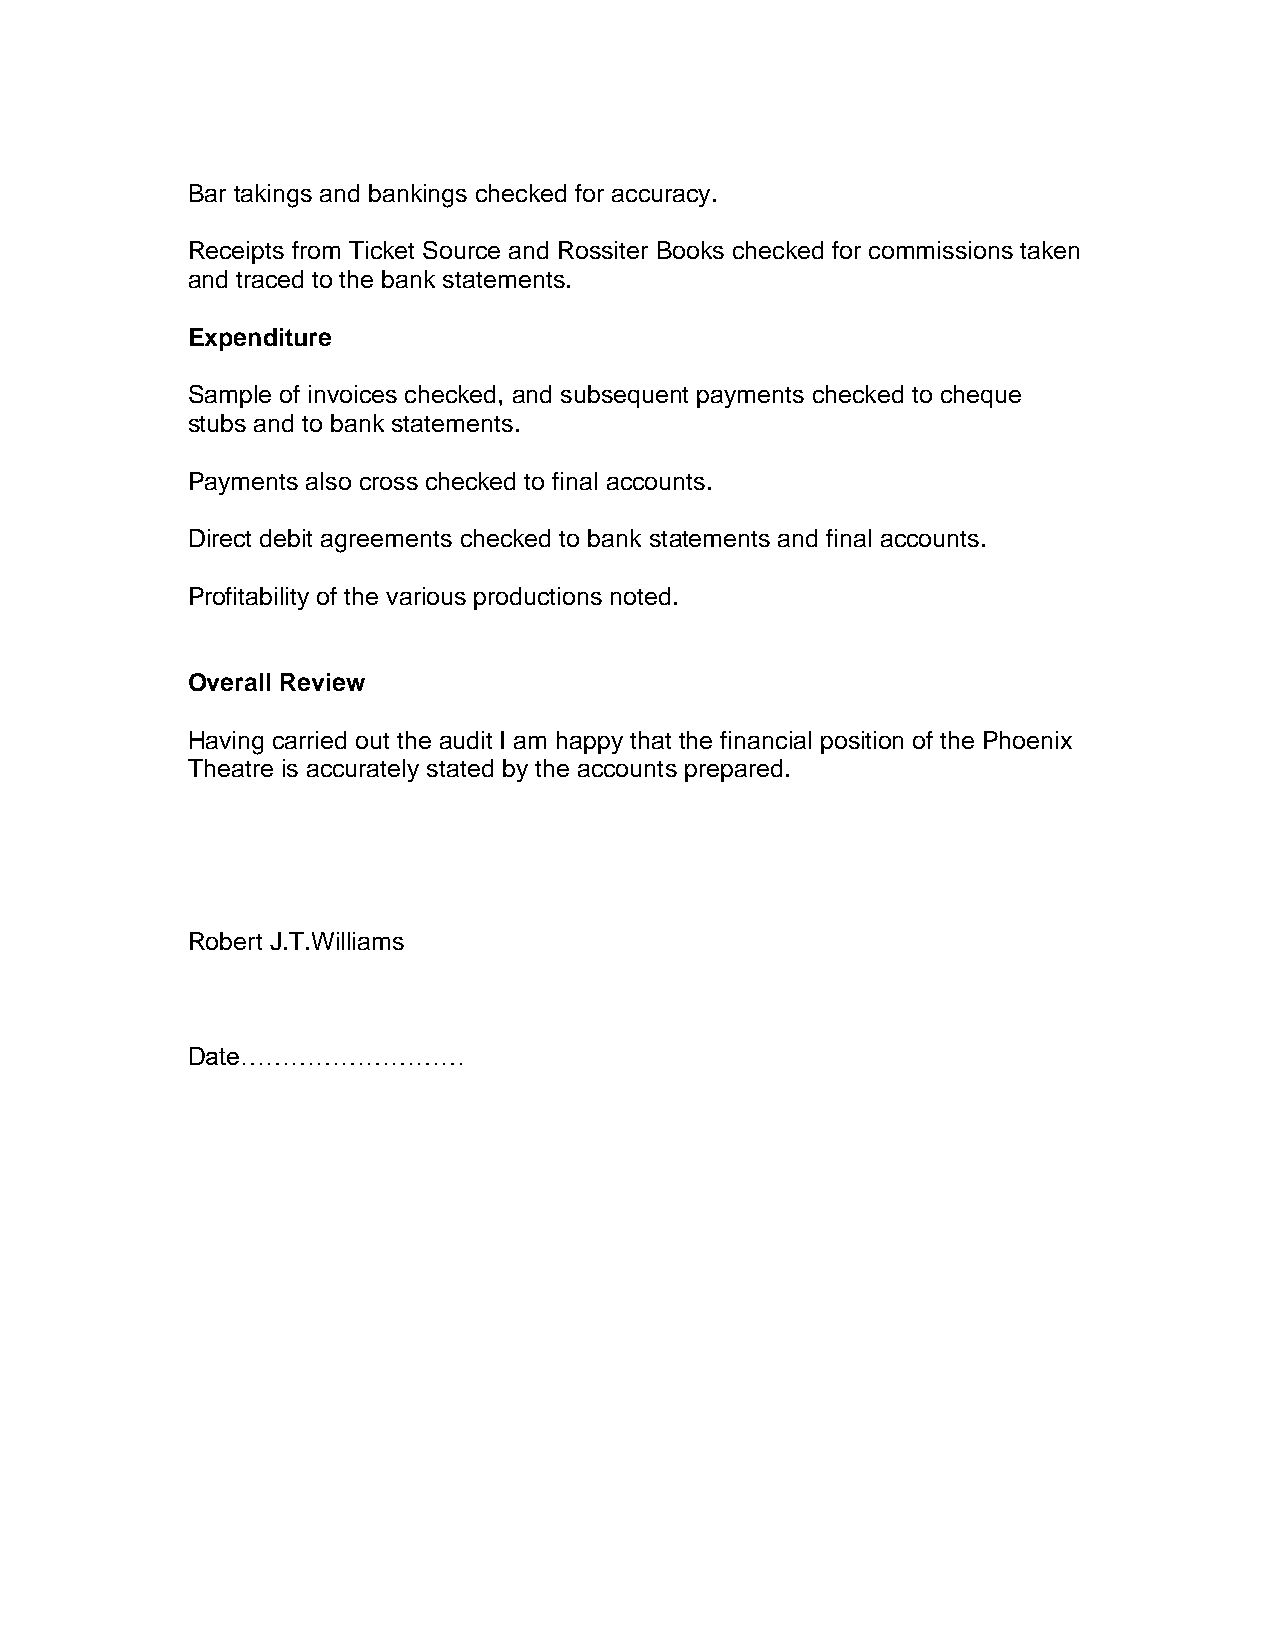
Bar takings and bankings checked for accuracy.
 Receipts from Ticket Source and Rossiter Books checked for commissions taken
 and traced to the bank statements.
 Expenditure
 Sample of invoices checked, and subsequent payments checked to cheque
 stubs and to bank statements.
 Payments also cross checked to final accounts.
 Direct debit agreements checked to bank statements and final accounts.
 Profitability of the various productions noted.
 Overall Review
 Having carried out the audit I am happy that the financial position of the Phoenix
 Theatre is accurately stated by the accounts prepared.
 Robert J.T.Williams
 Date………………………